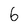
Character: 6